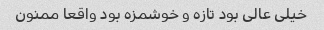
خیلی عالی بود تازه و خوشمزه بود واقعا ممنون